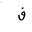
Letter: _fa